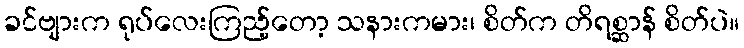
ခင်ဗျားက ရုပ်လေးကြည့်တော့ သနားကမား၊ စိတ်က တိရစ္ဆာန် စိတ်ပဲ။